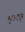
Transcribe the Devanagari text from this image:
मुरादपूर